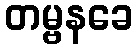
တမ္ဗနခေ